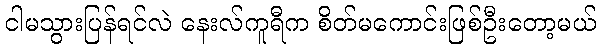
ငါမသွားပြန်ရင်လဲ နေးလ်ကူရီက စိတ်မကောင်းဖြစ်ဦးတော့မယ်